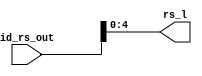
module Section_rs(
	input [31:0]id_rs_out,
	output [4:0]rs_l
);

	assign rs_l = id_rs_out[4:0];

endmodule